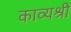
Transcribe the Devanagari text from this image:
काव्यश्री